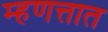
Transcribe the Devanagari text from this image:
म्हणत्तात